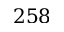
2 5 8